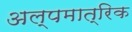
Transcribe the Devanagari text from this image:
अल्पमात्रिक